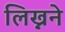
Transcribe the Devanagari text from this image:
लिख्नने